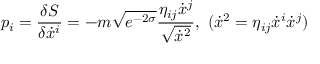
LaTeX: p _ { i } = \frac { \delta S } { \delta \dot { x } ^ { i } } = - m \sqrt { e ^ { - 2 \sigma } } \frac { \eta _ { i j } \dot { x } ^ { j } } { \sqrt { \dot { x } ^ { 2 } } } , ~ ( \dot { x } ^ { 2 } = \eta _ { i j } \dot { x } ^ { i } \dot { x } ^ { j } )